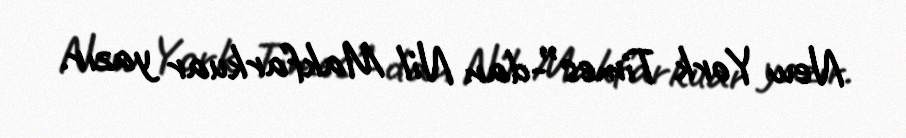
New York Times”-dan Nil Makfarkuar yazır.